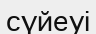
сүйеуі